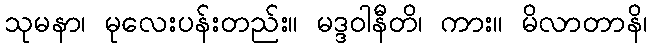
သုမနာ၊ မုလေးပန်းတည်း။ မဒ္ဒဝါနီတိ၊ ကား။ မိလာတာနိ၊